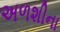
અળશીના